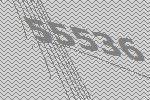
55536